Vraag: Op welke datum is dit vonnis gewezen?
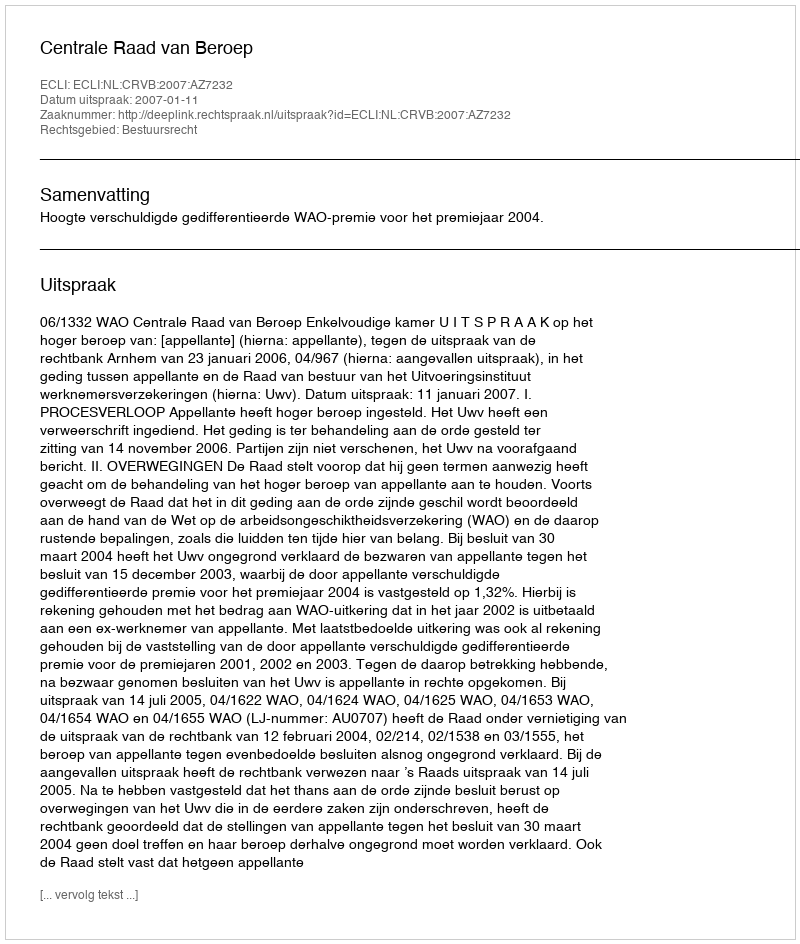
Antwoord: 2007-01-11